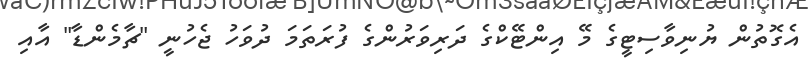
އެގޮތުން ޔުނިވާސިޓީގެ މޭ އިންޓޭކްގެ ދަރިވަރުންގެ ފުރަތަމަ ދުވަހު ޖެހުނީ "ޗާމެންޑާ" އާއި